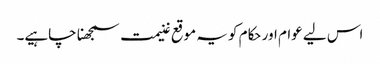
اس لیے عوام اور حکام کو یہ موقع غنیمت سمجھنا چاہیے۔